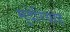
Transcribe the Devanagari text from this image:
मुदेरियाह